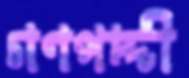
গণপদ্দী